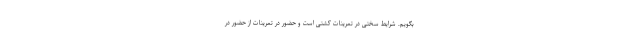
بگویم. شرایط سختی در تمرینات کشتی است و حضور در تمرینات از حضور در